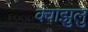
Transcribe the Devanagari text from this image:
क्वाझुलु